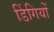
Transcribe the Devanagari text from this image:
डिंगियों